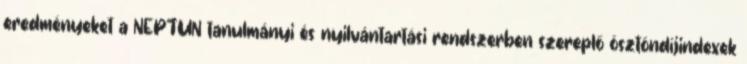
eredményeket a NEPTUN tanulmányi és nyilvántartási rendszerben szereplő ösztöndíjindexek